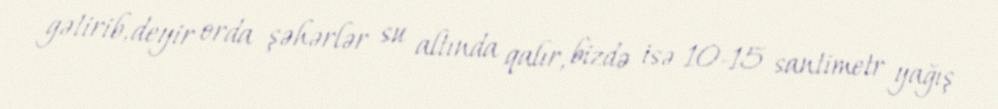
gətirib, deyir orda şəhərlər su altında qalır, bizdə isə 10-15 santimetr yağış